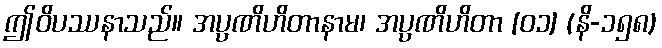
ဤဝိပဿနာသည်။ အပ္ပဏိဟိတာနာမ၊ အပ္ပဏိဟိတာ [၀၁] (နိ-၁၅၈)